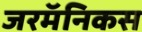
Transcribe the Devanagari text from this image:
जरमॅनिकस